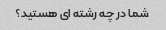
شما در چه رشته ای هستید؟